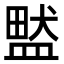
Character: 盢